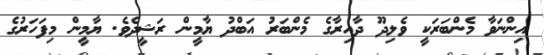
އިންނަވާ މެންބަރަކީ ވެލިދޫ ދާއިރާގެ މެންބަރު އަބްދު ޔާމީން ރަޝީދެވެ. ޔާމީން މިފަހަރުގެ